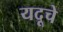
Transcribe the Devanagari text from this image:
यदूचे